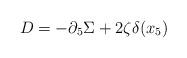
LaTeX: \begin{align*}D = - \partial_5 \Sigma + 2 \zeta \delta(x_5)\end{align*}